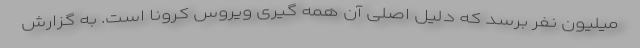
میلیون نفر برسد که دلیل اصلی آن همه گیری ویروس کرونا است. به گزارش